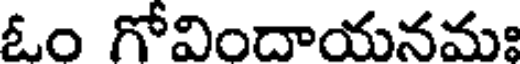
ఓం గోవిందాయనమః